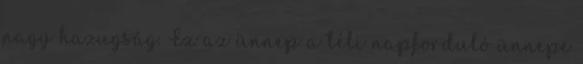
nagy hazugság. Ez az ünnep a téli napforduló ünnepe